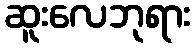
ဆူးလေဘုရား